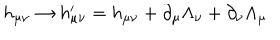
LaTeX: h _ { \mu \nu } \rightarrow h _ { \mu \nu } ^ { \prime } = h _ { \mu \nu } + \partial _ { \mu } \Lambda _ { \nu } + \partial _ { \nu } \Lambda _ { \mu }